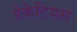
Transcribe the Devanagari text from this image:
हेकेटियस